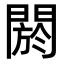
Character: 閼